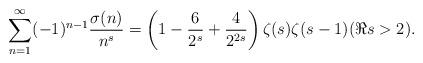
LaTeX: \begin{align*} \sum_{n=1}^{\infty} (-1)^{n-1} \frac{\sigma(n)}{n^s} =\left(1-\frac{6}{2^s}+\frac{4}{2^{2s}}\right) \zeta(s)\zeta(s-1)(\Re s>2).\end{align*}